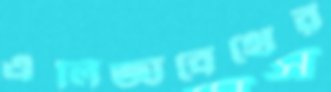
এলিজাবেথের